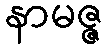
နာမဇ္ဇ